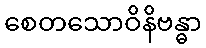
စေတသောဝိနိဗန္ဓာ